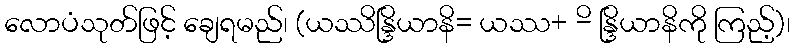
လောပံသုတ်ဖြင့် ချေရမည်၊ (ယဿိန္ဒြိယာနိ= ယဿ+ -ိ န္ဒြိယာနိကို ကြည့်)၊